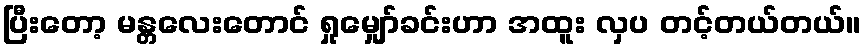
ပြီးတော့ မန္တလေးတောင် ရှုမျှော်ခင်းဟာ အထူး လှပ တင့်တယ်တယ်။